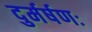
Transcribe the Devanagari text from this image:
दुर्मर्षणः